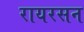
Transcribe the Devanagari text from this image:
रायरसन